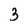
Character: 3